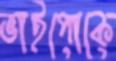
ভাইপোকে